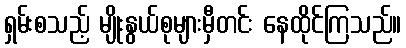
ရှမ်းစသည့် မျိုးနွယ်စုများမှီတင်း နေထိုင်ကြသည်။